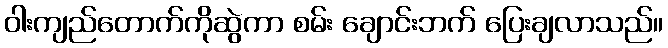
ဝါးကျည်တောက်ကိုဆွဲကာ စမ်း ချောင်းဘက် ပြေးချလာသည်။